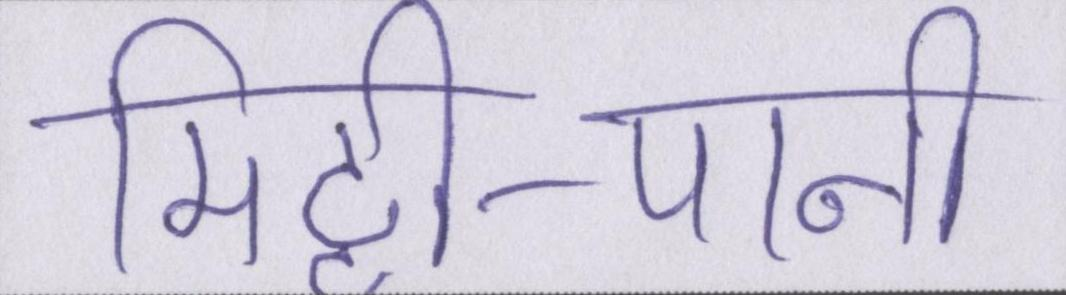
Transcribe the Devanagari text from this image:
मिट्टी-पानी